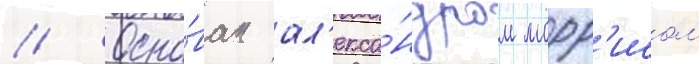
// Осно́ван ал'екса́ндром морр'исом